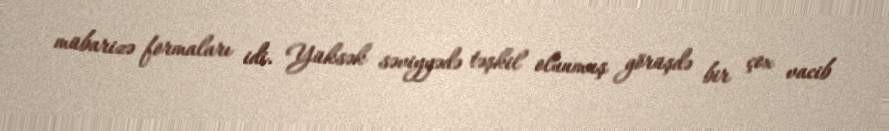
mübarizə formaları idi. Yüksək səviyyədə təşkil olunmuş görüşdə bir çox vacib